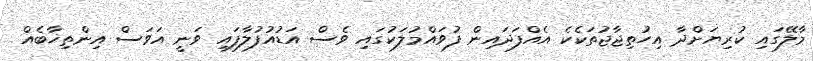
މާލޭގައި ކުރިޔަށްދާ އިހުތިޖާޖުތަކެކެ އެއްފަދައިން ފުވައްމުލަކުގައި ވެސް އަޑުއުފުލާފައި ވަނީ އަވަސް އިންތިޚާބެއް